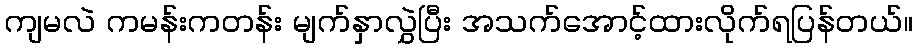
ကျမလဲ ကမန်းကတန်း မျက်နှာလွှဲပြီး အသက်အောင့်ထားလိုက်ရပြန်တယ်။